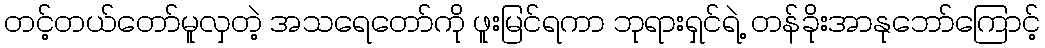
တင့်တယ်တော်မူလှတဲ့ အသရေတော်ကို ဖူးမြင်ရကာ ဘုရားရှင်ရဲ့ တန်ခိုးအာနုဘော်ကြောင့်